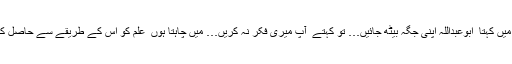
جب میں کہتا ٗ ابوعبداللہ اپنی جگہ بیٹھ جائیں… تو کہتے ٗ آپ میری فکر نہ کریں… میں چاہتا ہوں ٗ علم کو اس کے طریقے سے حاصل کروں۔